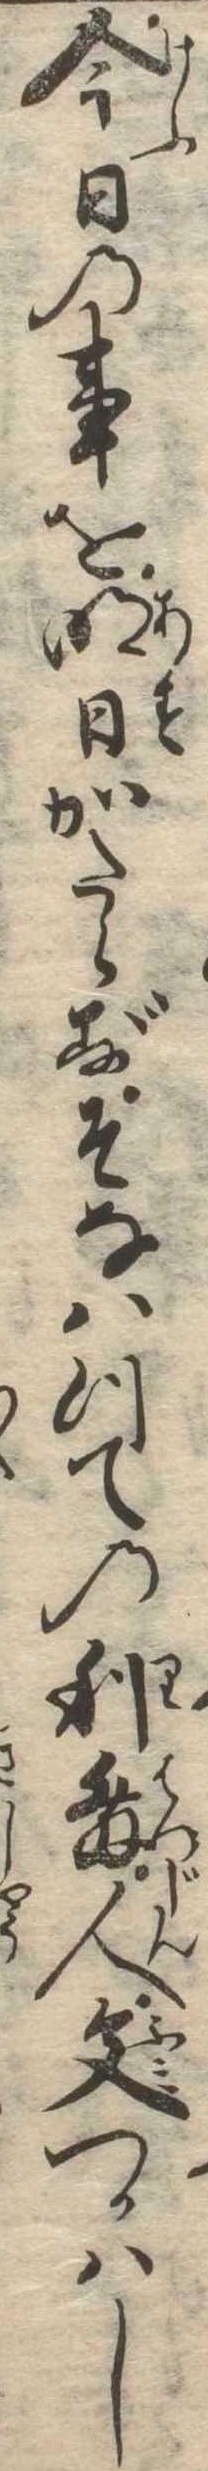
今日の事を明日かたらずそなはつての利発人文つかはし